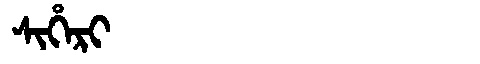
Manchu: ᠰᡳᡥᡝᡵᡳ
Romanization: SIHERI